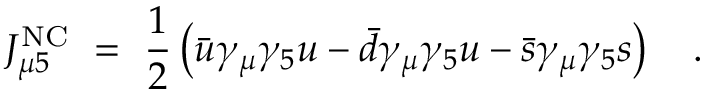
J _ { \mu 5 } ^ { \mathrm { N C } } \ = \ { \frac { 1 } { 2 } } \left( \bar { u } \gamma _ { \mu } \gamma _ { 5 } u - \bar { d } \gamma _ { \mu } \gamma _ { 5 } u - \bar { s } \gamma _ { \mu } \gamma _ { 5 } s \right) ~ ~ ~ .